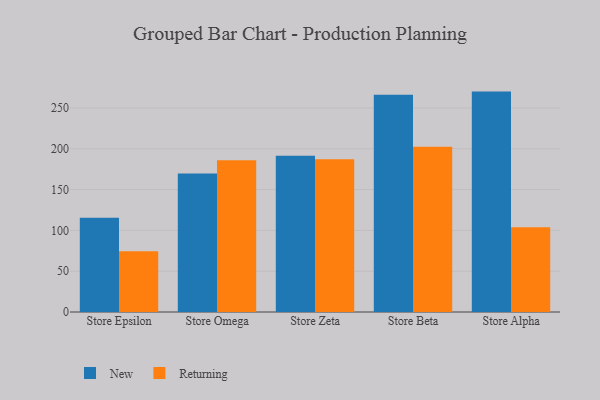
{"axis": {"x": "Store", "y": "Latency (ms)"}, "legend": ["New", "Returning"], "data": [{"x": "Store Epsilon", "y": 115.5, "type": "New"}, {"x": "Store Epsilon", "y": 74.3, "type": "Returning"}, {"x": "Store Omega", "y": 169.7, "type": "New"}, {"x": "Store Omega", "y": 186.0, "type": "Returning"}, {"x": "Store Zeta", "y": 191.5, "type": "New"}, {"x": "Store Zeta", "y": 187.2, "type": "Returning"}, {"x": "Store Beta", "y": 266.2, "type": "New"}, {"x": "Store Beta", "y": 202.3, "type": "Returning"}, {"x": "Store Alpha", "y": 270.0, "type": "New"}, {"x": "Store Alpha", "y": 103.7, "type": "Returning"}]}